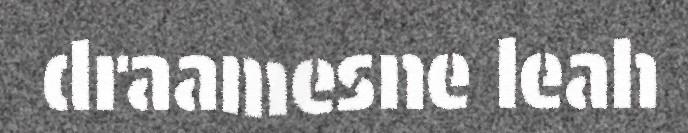
draamesne leah